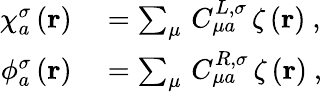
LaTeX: \begin{array}{rl}{\chi_{a}^{\sigma}\left(\mathbf{r}\right)}&{{}=\sum_{\mu}\, C_{\mu a}^{L,\sigma}\, \zeta\left(\mathbf{r}\right)\mathrm{~,~}}\\ {\phi_{a}^{\sigma}\left(\mathbf{r}\right)}&{{}=\sum_{\mu}\, C_{\mu a}^{R,\sigma}\, \zeta\left(\mathbf{r}\right)\mathrm{~,~}}\end{array}